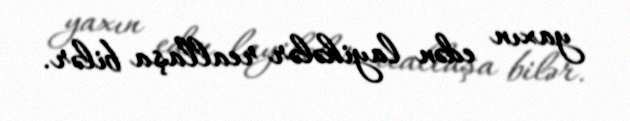
yaxın edən layihələr reallaşa bilər.